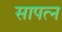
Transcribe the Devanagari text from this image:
सापत्न